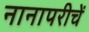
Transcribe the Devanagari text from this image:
नानापरीचें